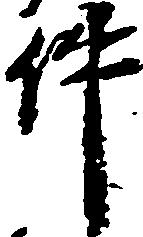
件